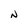
Character: N